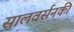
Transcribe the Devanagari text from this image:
सालवर्सनकी